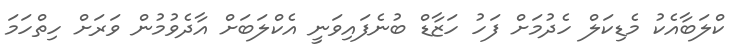
ކްލަބާއެކު މެޑިކަލް ހެދުމަށް ފަހު ހަޒާޑް ބުނެފައިވަނީ އެކްލަބަށް އާދެވުމުން ވަރަށް ހިތްހަމަ